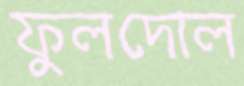
ফুলদোল